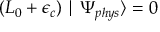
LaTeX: ( L _ { 0 } + \epsilon _ { c } ) \mid \Psi _ { p h y s } \rangle = 0